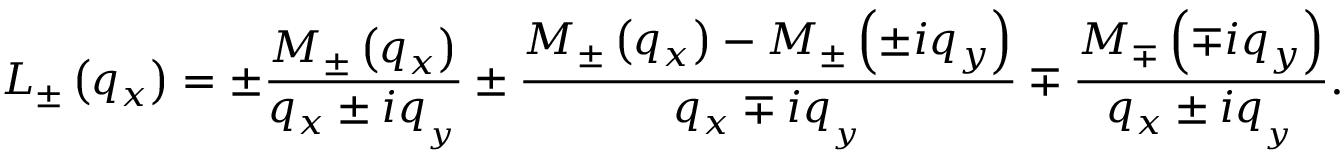
{ { L } _ { \pm } } \left( { { q } _ { x } } \right) = \pm \frac { { { M } _ { \pm } } \left( { { q } _ { x } } \right) } { { { q } _ { x } } \pm i { { q } _ { _ { y } } } } \pm \frac { { { M } _ { \pm } } \left( { { q } _ { x } } \right) - { { M } _ { \pm } } \left( \pm i { { q } _ { y } } \right) } { { { q } _ { x } } \mp i { { q } _ { _ { y } } } } \mp \frac { { { M } _ { \mp } } \left( \mp i { { q } _ { y } } \right) } { { { q } _ { x } } \pm i { { q } _ { _ { y } } } } .